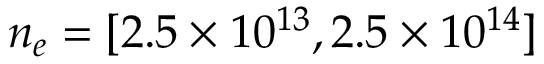
n _ { e } = [ 2 . 5 \times 1 0 ^ { 1 3 } , 2 . 5 \times 1 0 ^ { 1 4 } ]